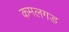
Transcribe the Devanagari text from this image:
कमलगड